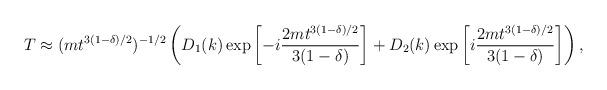
LaTeX: \begin{align*}T \approx (m t^{3(1-\delta)/2})^{-1/2} \left( D_1(k) \exp\left[-i\frac{2m t^{3(1-\delta)/2}}{3(1-\delta)}\right]+D_2(k) \exp\left[i \frac{2m t^{3(1-\delta)/2}}{3(1-\delta)}\right] \right),\end{align*}